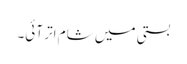
بستی میں شام اتر آئی۔